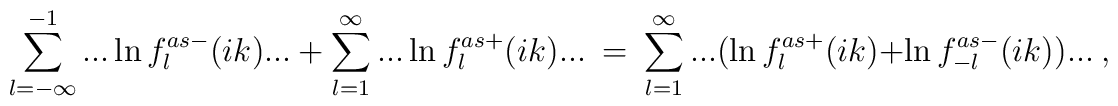
\sum_{l=-\infty}^{-1}...\ln f^{as-}_l(ik)...\ +\ \sum_{l=1}^{\infty}...\ln f^{as+}_l(ik)...\ =\  \sum_{l=1}^{\infty}...(\ln f^{as+}_l(ik)+ \ln f^{as-}_{-l}(ik))...\ ,